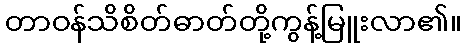
တာဝန်သိစိတ်ဓာတ်တို့ကွန့်မြူးလာ၏။